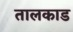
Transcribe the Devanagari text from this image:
तालकाड